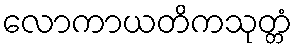
လောကာယတိကသုတ္တံ